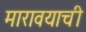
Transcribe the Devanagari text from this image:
मारावयाची